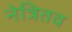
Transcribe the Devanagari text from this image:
नेत्रितव